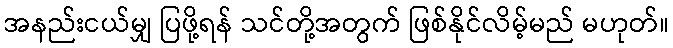
အနည်းငယ်မျှ ပြဖို့ရန် သင်တို့အတွက် ဖြစ်နိုင်လိမ့်မည် မဟုတ်။